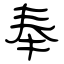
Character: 奉